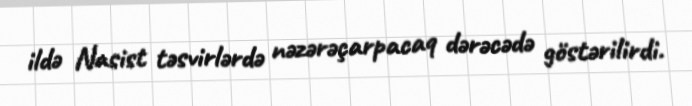
ildə Nasist təsvirlərdə nəzərəçarpacaq dərəcədə göstərilirdi.